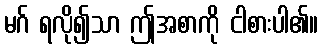
မဂ် ရလို၍သာ ဤအစာကို ငါစားပါ၏။